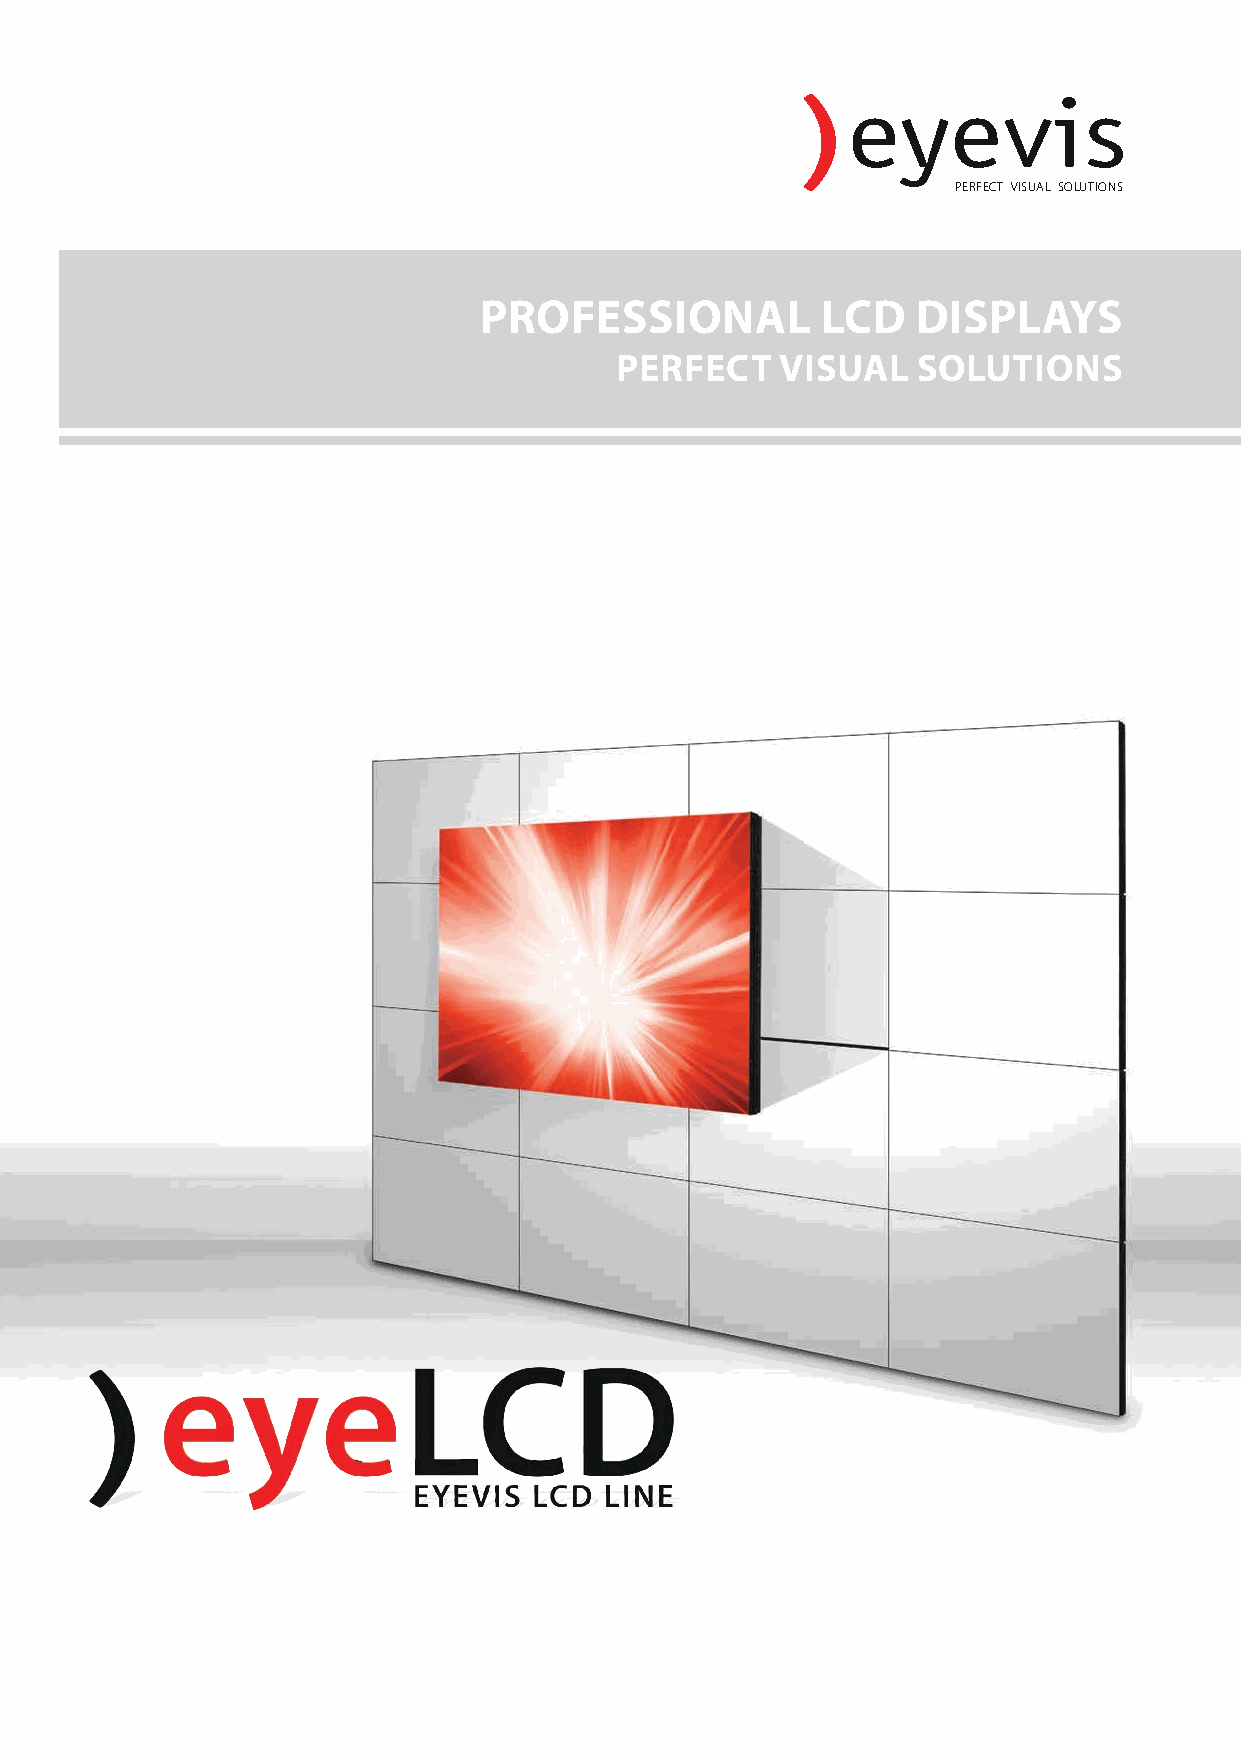
PERFECT VISUAL SOLUTIONS
 PROFESSIONAL          LCD    DISPLAYS
 PERFECT    VISUAL   SOLUTIONS